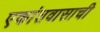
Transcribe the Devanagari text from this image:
एकांतवासाची